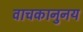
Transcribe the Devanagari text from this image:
वाचकानुनय